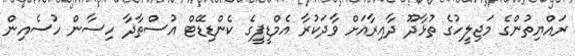
ރައްޔިތުންގެ މަޖިލީހުގެ ތުޅާދޫ ދާއިރާއަށް ވާދަކުރާ އެމްޑީޕީގެ ކެންޑިޑޭޓް އުސްތާޛާ ހިސާން ހުސެއިން